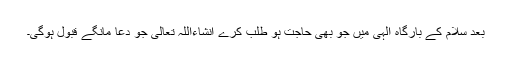
بعد سلام کے بارگاہ الٰہی میں جو بھی حاجت ہو طلب کرے انشاءاللہ تعالٰی جو دعا مانگے قبول ہوگی۔